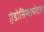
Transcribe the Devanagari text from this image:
एंडोसिम्बायोटक